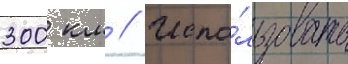
300 км // Испо́льзовать